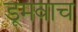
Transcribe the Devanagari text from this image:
डूमवाच